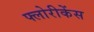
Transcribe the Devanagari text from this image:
फ्लोरीकेंस